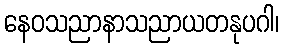
နေဝသညာနာသညာယတနုပဂါ၊